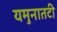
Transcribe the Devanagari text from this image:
यमुनातटी